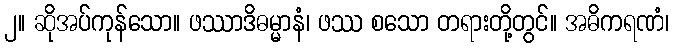
၂။ ဆိုအပ်ကုန်သော။ ဖဿာဒိဓမ္မာနံ၊ ဖဿ စသော တရားတို့တွင်။ အဓိကရဏံ၊